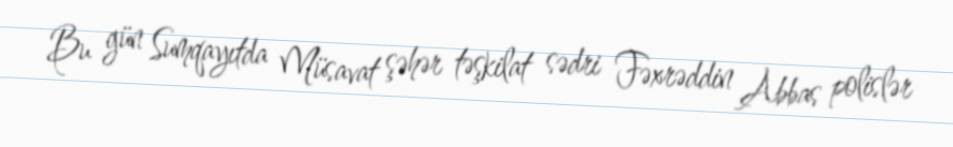
Bu gün Sumqayıtda Müsavat şəhər təşkilat sədri Fəxrəddin Abbas polislər